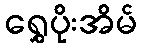
ရွှေပိုးအိမ်